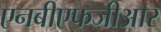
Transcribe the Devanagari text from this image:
एनबीएफजीआर